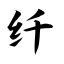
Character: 纤